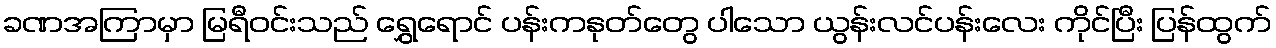
ခဏအကြာမှာ မြရီဝင်းသည် ရွှေရောင် ပန်းကနုတ်တွေ ပါသော ယွန်းလင်ပန်းလေး ကိုင်ပြီး ပြန်ထွက်